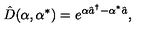
{ \hat { D } } ( \alpha , \alpha ^ { * } ) = e ^ { \alpha { \hat { a } } ^ { \dagger } - \alpha ^ { * } { \hat { a } } } ,